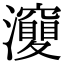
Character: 𤄘